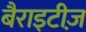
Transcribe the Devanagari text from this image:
बैराइटीज़